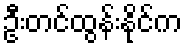
ဦးတင်ထွန်းနိုင်က